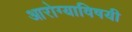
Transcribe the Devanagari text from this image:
आरोग्याविषयी